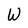
Character: W